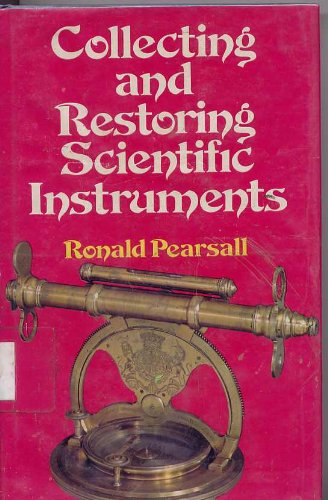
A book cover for Collecting and restoring scientific instruments; Ronald Pearsall; Science & Math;